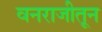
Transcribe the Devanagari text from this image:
वनराजीतून